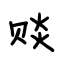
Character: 赕